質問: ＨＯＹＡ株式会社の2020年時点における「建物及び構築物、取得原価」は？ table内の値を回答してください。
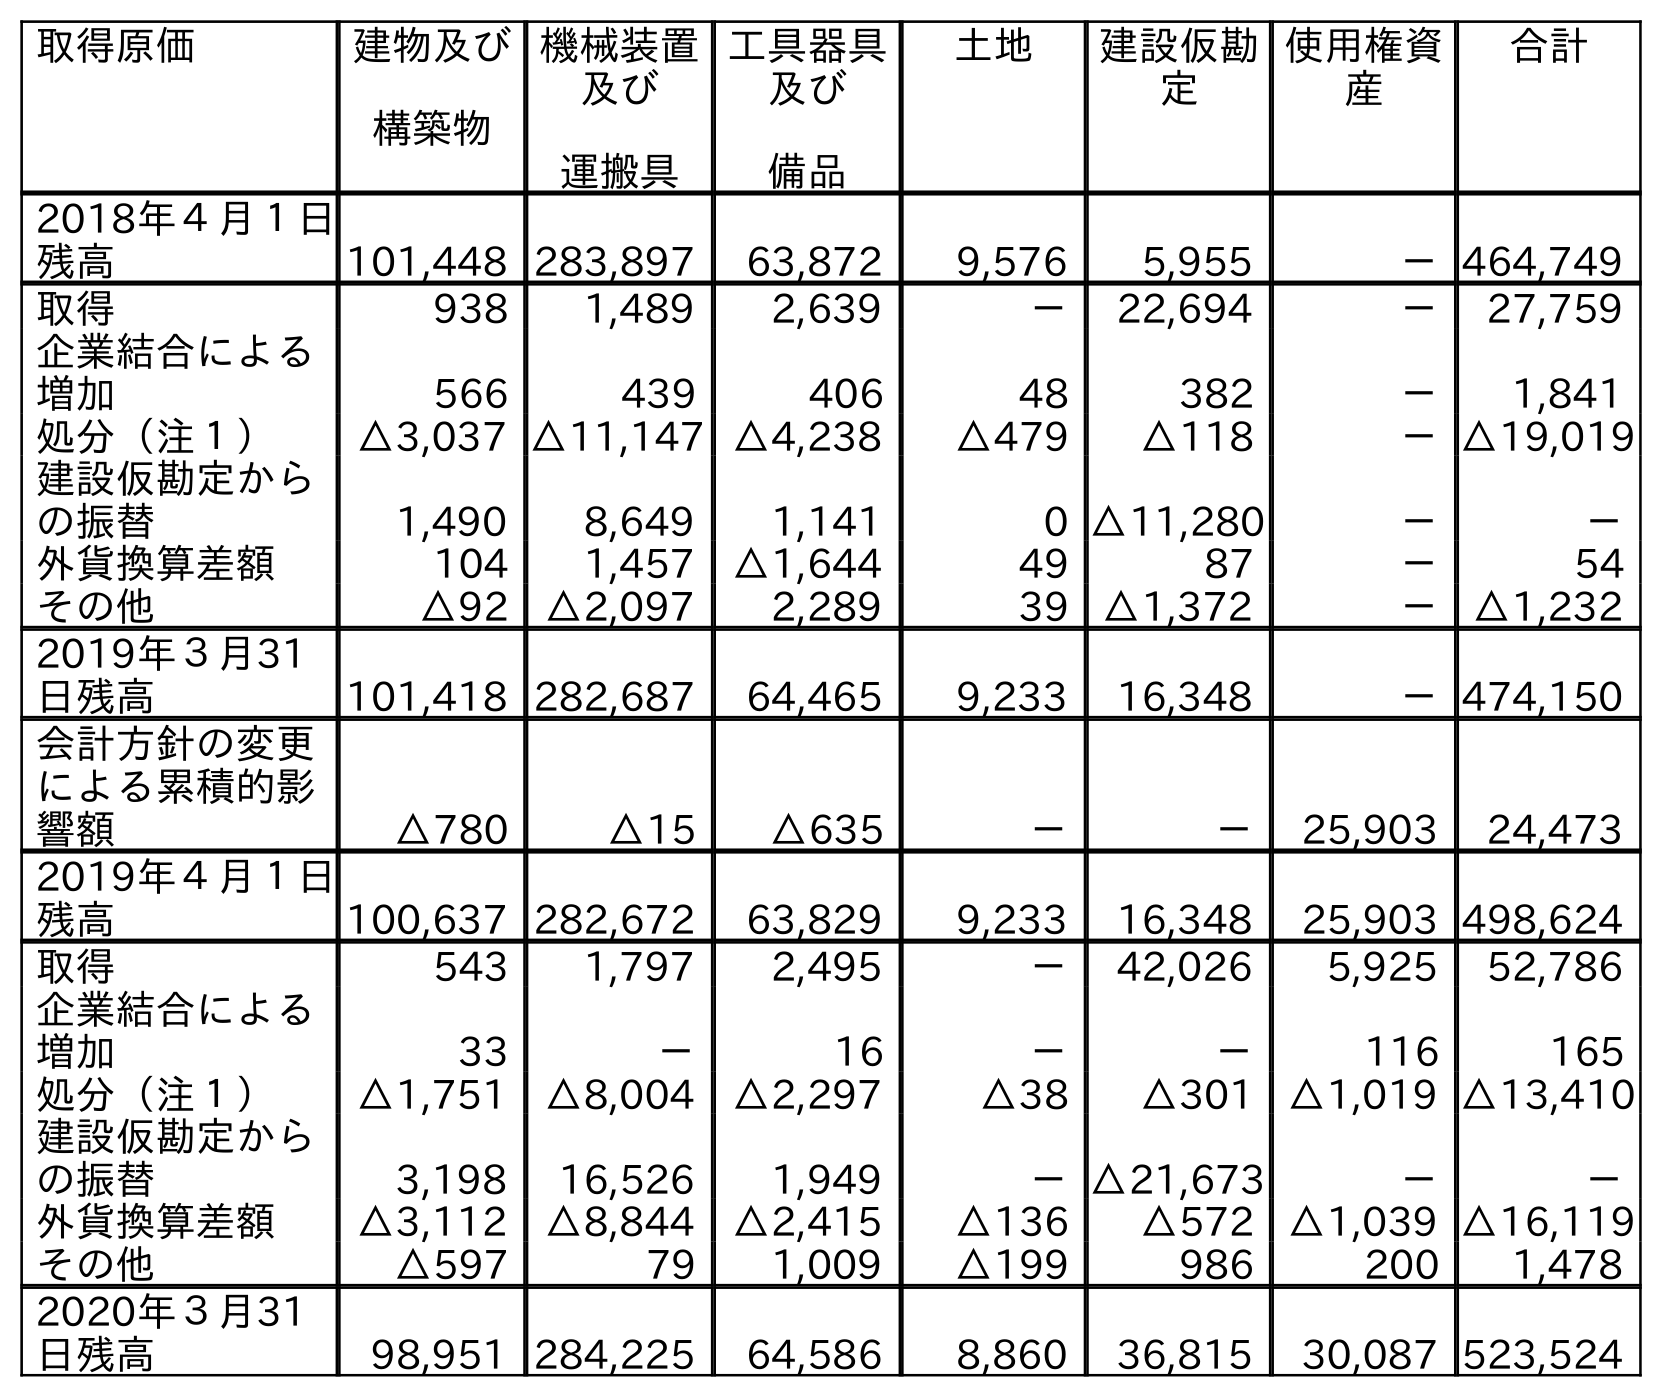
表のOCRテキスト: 取得原価 建物及び 構築物 機械装置 及び 運搬具 工具器具 及び 備品 土地 建設仮勘 定 使用権資 産 合計 2018年４月１日 残高 101,448 283,897 63,872 9,576 5,955 －464,749 取得 938 1,489 2,639 － 22,694 － 27,759 企業結合による 増加 566 439 406 48 382 － 1,841 処分（注１） △3,037 △11,147 △4,238 △479 △118 －△19,019 建設仮勘定から の振替 1,490 8,649 1,141 0 △11,280 － － 外貨換算差額 104 1,457 △1,644 49 87 － 54 その他 △92 △2,097 2,289 39 △1,372 － △1,232 2019年３月31 日残高 101,418 282,687 64,465 9,233 16,348 －474,150 会計方針の変更 による累積的影 響額 △780 △15 △635 － － 25,903 24,473 2019年４月１日 残高 100,637 282,672 63,829 9,233 16,348 25,903 498,624 取得 543 1,797 2,495 － 42,026 5,925 52,786 企業結合による 増加 33 － 16 － － 116 165 処分（注１） △1,751 △8,004 △2,297 △38 △301 △1,019 △13,410 建設仮勘定から の振替 3,198 16,526 1,949 －△21,673 － － 外貨換算差額 △3,112 △8,844 △2,415 △136 △572 △1,039 △16,119 その他 △597 79 1,009 △199 986 200 1,478 2020年３月31 日残高 98,951 284,225 64,586 8,860 36,815 30,087 523,524
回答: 98,951